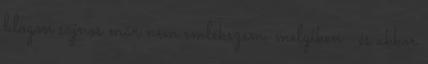
blogon sajnos már nem emlékszem, melyiken : és akkor